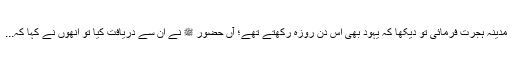
مدینہ ہجرت فرمائی تو دیکھا کہ یہود بھی اس دن روزہ رکھتے تھے؛ آں حضور ﷺ نے ان سے دریافت کیا تو انھوں نے کہا کہ...